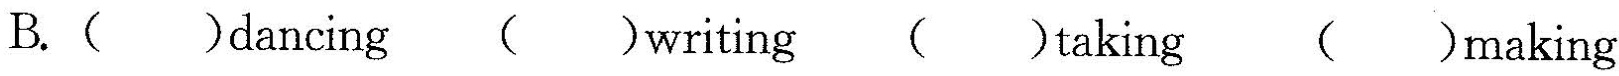
B.( )dancing ( )writing ( )taking ( )making